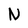
Character: N